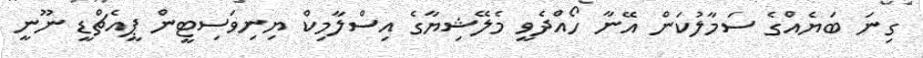
ގިނަ ބަޔެއްގެ ސަމާލުކަން އޭނާ ހޯއްދެވީ މެލޭޝިޔާގެ އިސްލާމިކް ޔިނިވަސިޓީން ޕީއެޗްޑީ ނޫނީ